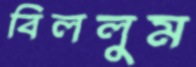
বিললুম